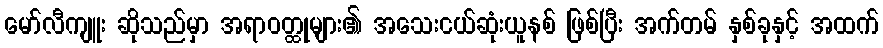
မော်လီကျူး ဆိုသည်မှာ အရာဝတ္ထုများ၏ အသေးငယ်ဆုံးယူနစ် ဖြစ်ပြီး အက်တမ် နှစ်ခုနှင့် အထက်